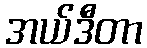
အယ်ဒီတာ